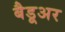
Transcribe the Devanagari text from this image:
बैडूअर